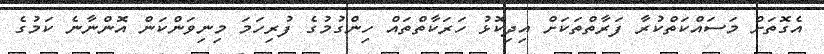
އެގޮތަށް މަސައްކަތްކުރާ ފަރާތްތަކަށް އިދިކޮޅު ހަރަކާތްތައް ހިންގުމުގެ ފުރިހަމަ މިނިވަންކަން އޮންނާނެ ކަމުގެ